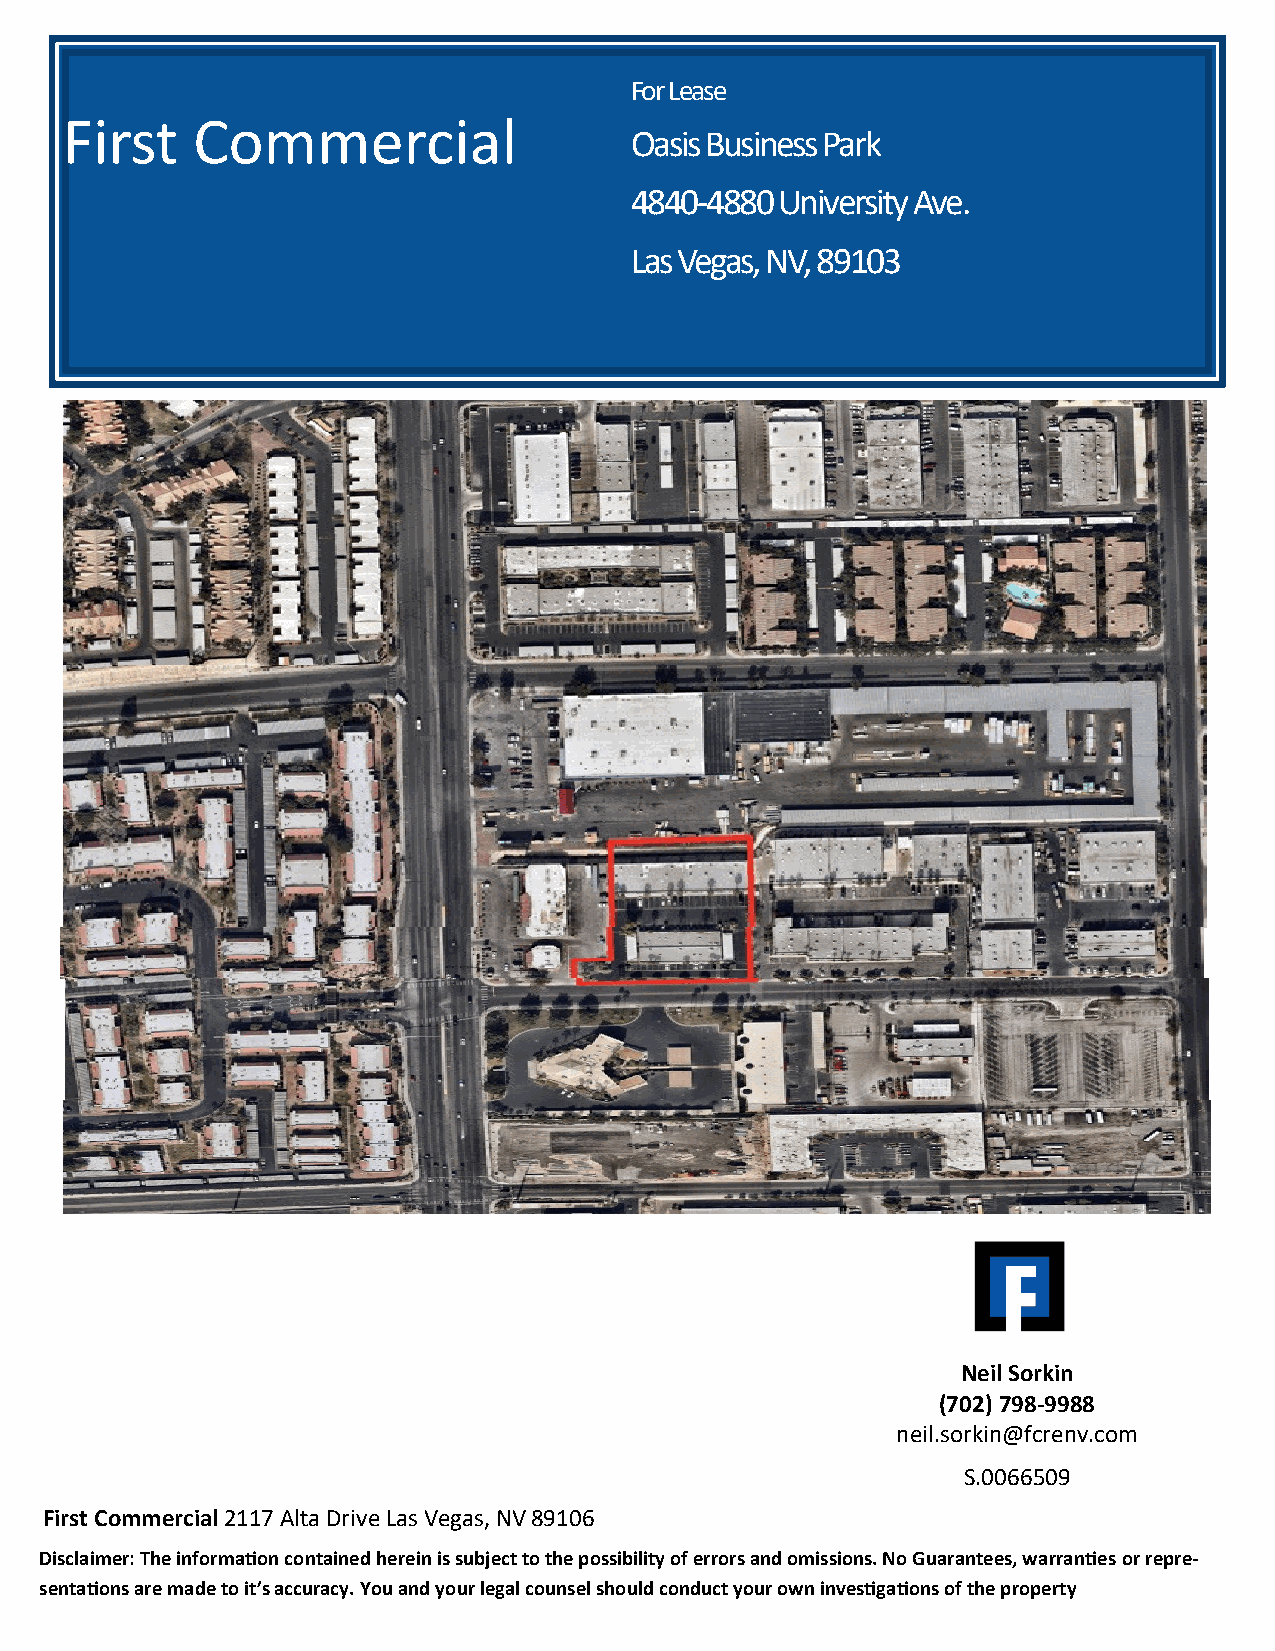
For Lease
 First    Commercial
 Oasis Business Park
 4840-4880 University Ave.
 Las Vegas, NV, 89103
 For Lease
 Charleston Valley
 View
 Office Park
 3811/3821/3831/384
 1 W Charleston Blvd
 &
 Neil Sorkin
 (702) 798-9988
 neil.sorkin@fcrenv.com
 S.0066509
 First Commercial 2117 Alta Drive Las Vegas, NV 89106
 Disclaimer: The information contained herein is subject to the possibility of errors and omissions. No Guarantees, warranties or repre-
 sentations are made to it’s accuracy. You and your legal counsel should conduct your own investigations of the property